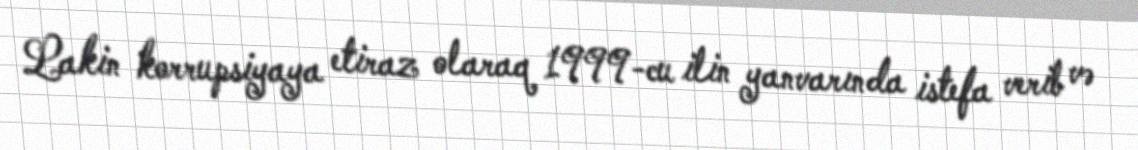
Lakin korrupsiyaya etiraz olaraq 1999-cu ilin yanvarında istefa verib və